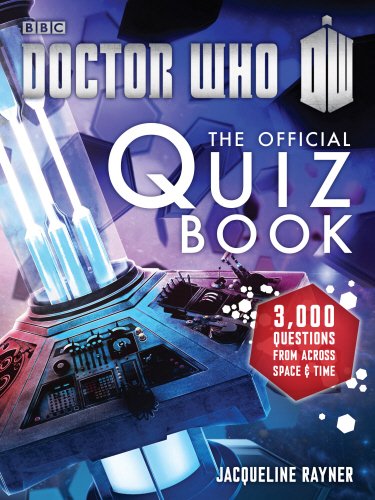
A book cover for Doctor Who: The Official Quiz Book (Doctor Who (BBC)); Jacqueline Rayner; Humor & Entertainment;